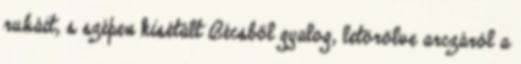
ruháit, s szépen kisétált Bécsből gyalog, letörölve arczáról a